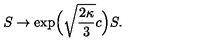
S \to \exp \! \Big ( \sqrt { \frac { 2 \kappa } { 3 } } c \Big ) S .